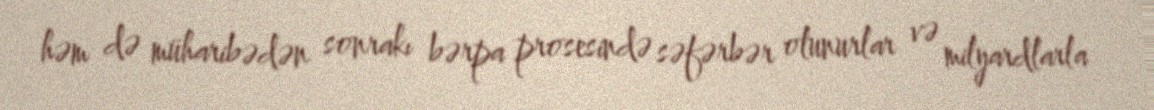
həm də müharibədən sonrakı bərpa prosesində səfərbər olunurlar və milyardlarla